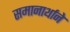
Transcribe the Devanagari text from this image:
समानार्थाने